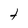
Character: t